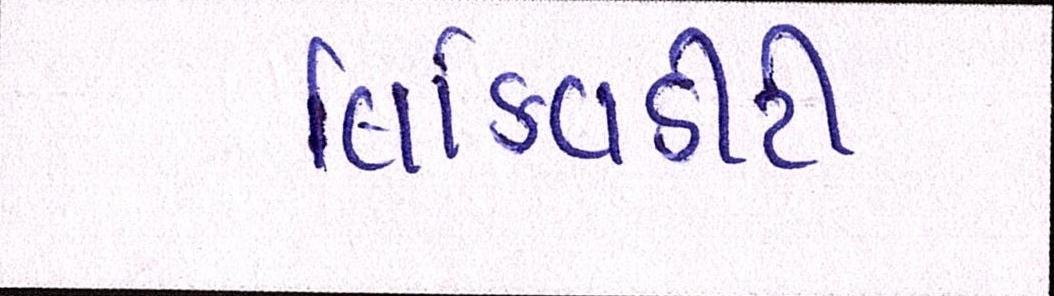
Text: લિક્વિડીટી